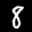
Label: 8